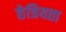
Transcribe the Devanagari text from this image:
छेत्रियता